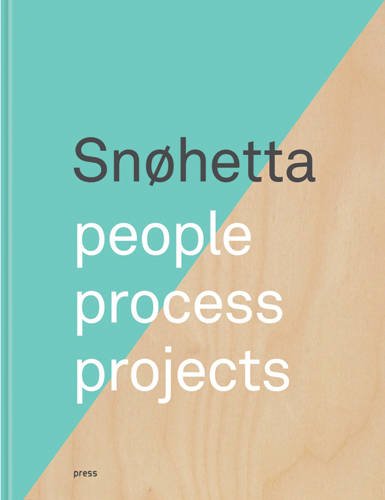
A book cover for SnÃ¸hetta: People, Process, Projects; Arts & Photography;